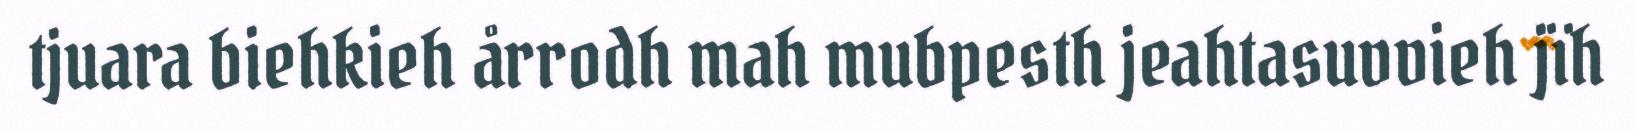
tjuara biehkieh årrodh mah mubpesth jeahtasuvvieh jïh